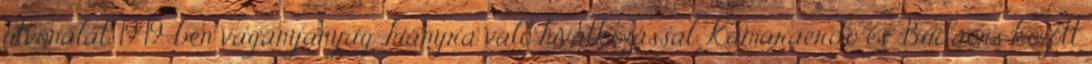
útvonalát. 1949-ben vágányanyag-hiányra való hivatkozással Kamaraerdõ és Budaörs között